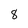
Character: 8